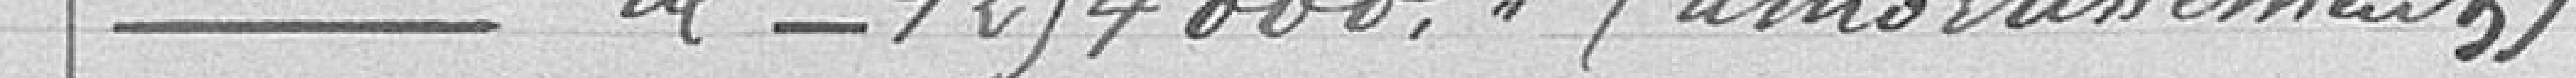
4-----Idem-----1 254 000,00 (amortissements)